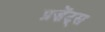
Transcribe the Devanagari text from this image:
प्रज़ेंट्स